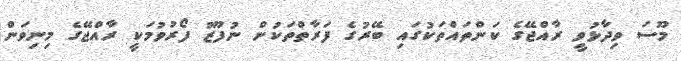
މޫސަ ވިދާޅުވީ ރާއްޖޭގެ ކަންތައްތަކުގައި ބޭރުގެ ފަރާތްތަކުން ނުފޫޒު ފޯރުވުމަކީ ރާއްޖޭގެ މިނިވަން